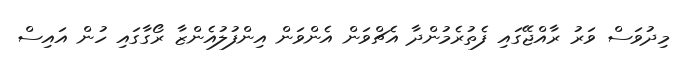
މިދުވަސް ވަރު ރާއްޖޭގައި ފެތުރެމުންދާ އެޗްވަން އެންވަން އިންފުލުއެންޒާ ރޯގާގައި ހުން އައިސް